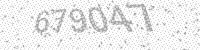
Solution: 679047